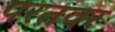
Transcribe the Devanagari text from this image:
परतवर